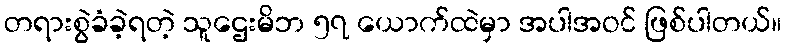
တရားစွဲခံခဲ့ရတဲ့ သူဌေးမိဘ ၅၇ ယောက်ထဲမှာ အပါအဝင် ဖြစ်ပါတယ်။